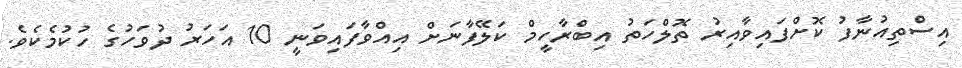
އިސްތިއުނާފު ކޮށްފައިވާއިރު ތޮލްހަތު އިބްރާހީމް ކަލޭފާނަށް އިއްވާފައިވަނީ 10 އަހަރު ދުވަހުގެ ހުކުމެކެވެ.